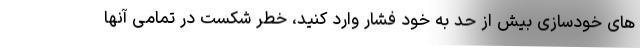
های خودسازی بیش از حد به خود فشار وارد کنید، خطر شکست در تمامی آنها